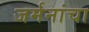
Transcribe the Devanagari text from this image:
जर्मनांचा